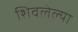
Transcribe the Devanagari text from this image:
शिवलेल्या